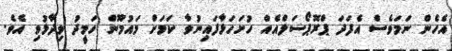
އެހެން ނަމަވެސް އެފަދަ ޕްރޮޕޯސަލްއެއް ހުށަހަޅާފައިނުވާ ކަމަށް މައުމޫން ހަމީދު ވިދާޅުވި އެވެ.